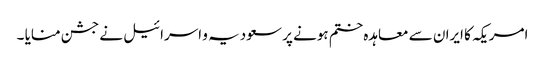
امریکہ کا ایران سے معاہدہ ختم ہونے پر سعودیہ و اسرائیل نے جشن منایا ۔